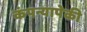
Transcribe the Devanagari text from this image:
कंपन्यापेकी